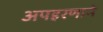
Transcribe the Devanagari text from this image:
अपहरणाने